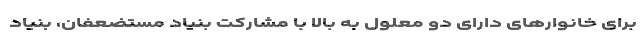
برای خانوارهای دارای دو معلول به بالا با مشارکت بنیاد مستضعفان، بنیاد